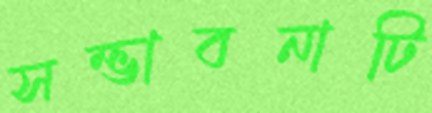
সম্ভাবনাটি